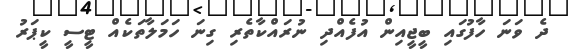
ދެ ވަނަ ހާފުގައި ބީޖީއިން އުފެއްދި ނުރައްކާތެރި ގިނަ ހަމަލާތަކެއް ޓީސީ ކީޕަރު